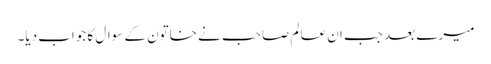
میرے بعد جب ان عالم صاحب نے خاتون کے سوال کا جواب دیا۔